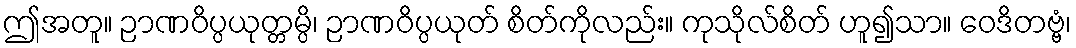
ဤအတူ။ ဉာဏဝိပ္ပယုတ္တမ္ပိ၊ ဉာဏဝိပ္ပယုတ် စိတ်ကိုလည်း။ ကုသိုလ်စိတ် ဟူ၍သာ။ ဝေဒိတဗ္ဗံ၊